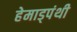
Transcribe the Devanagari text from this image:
हेमाड्पंथी